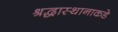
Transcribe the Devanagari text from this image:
श्रद्धास्थानाकडे